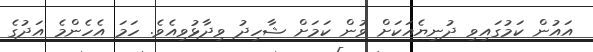
އައުން ކަމުގައިވި ދުނިޔެއަކަށް ވުން ކަމަށް ޝާހިދު ވިދާޅުވިއެވެ. ހަމަ އެހެންމެ އަދުގެ